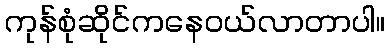
ကုန်စုံဆိုင်ကနေဝယ်လာတာပါ။